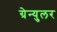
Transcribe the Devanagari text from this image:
ग्रेन्युलर